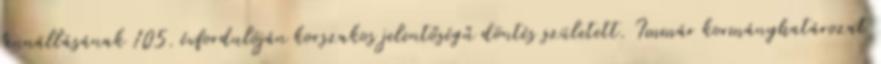
fennállásának 105. évfordulóján korszakos jelentőségű döntés született. Immár kormányhatározat